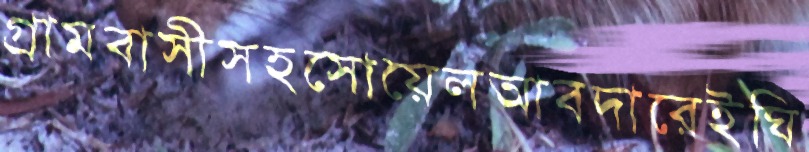
গ্রামবাসীসহসোয়েলআবদারেইঘি